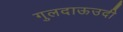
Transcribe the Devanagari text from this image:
गुलदाऊउदी